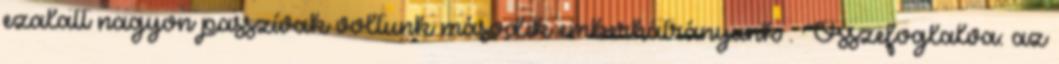
ezalatt nagyon passzívak voltunk második emberhátrányunk . Összefoglalva: az